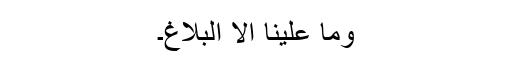
وما علینا الا البلاغ۔